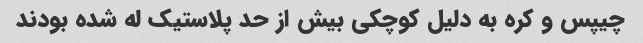
چیپس و کره به دلیل کوچکی بیش از حد پلاستیک له شده بودند